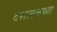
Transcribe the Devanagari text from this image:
दशलक्षच्या